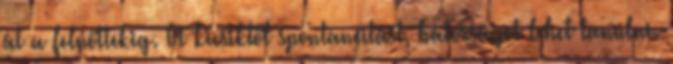
át a felnőttekig. A kicsiktől spontaneitást, bátorságot lehet tanulni.